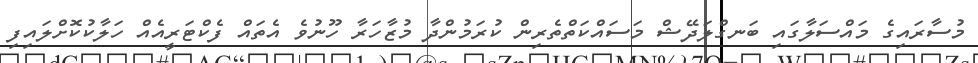
މުސާރައިގެ މައްސަލާގައި ބަނގްލަދޭޝް މަސައްކަތްތެރިން ކުރަމުންދާ މުޒާހަރާ ހޫނުވެ އެތައް ފެކްޓަރީއެއް ހަލާކުކޮށްލައިފި